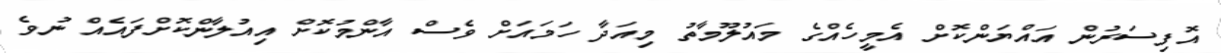
އޮފިސަރުން އައްޔަންކޮށް އެމީހެއްގެ މައުލޫމާތު މިއަދާ ހަމައަށް ވެސް އާންމުކޮށް އިއުލާންކޮށްފައެއް ނުވެ